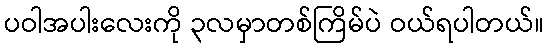
ပဝါအပါးလေးကို ၃လမှာတစ်ကြိမ်ပဲ ဝယ်ရပါတယ်။